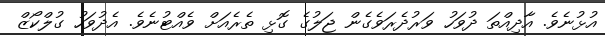
އުޅުނެވެ. އާދިއްތަ ދުވަހު ވަރުދެރަވެގެން ޖަލުގެ ގޮޅި ތެރެއަށް ވެއްޓުނެވެ. އެދުވަހު ގުލްކޯޒް